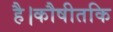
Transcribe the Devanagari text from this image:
है।कौषीतकि